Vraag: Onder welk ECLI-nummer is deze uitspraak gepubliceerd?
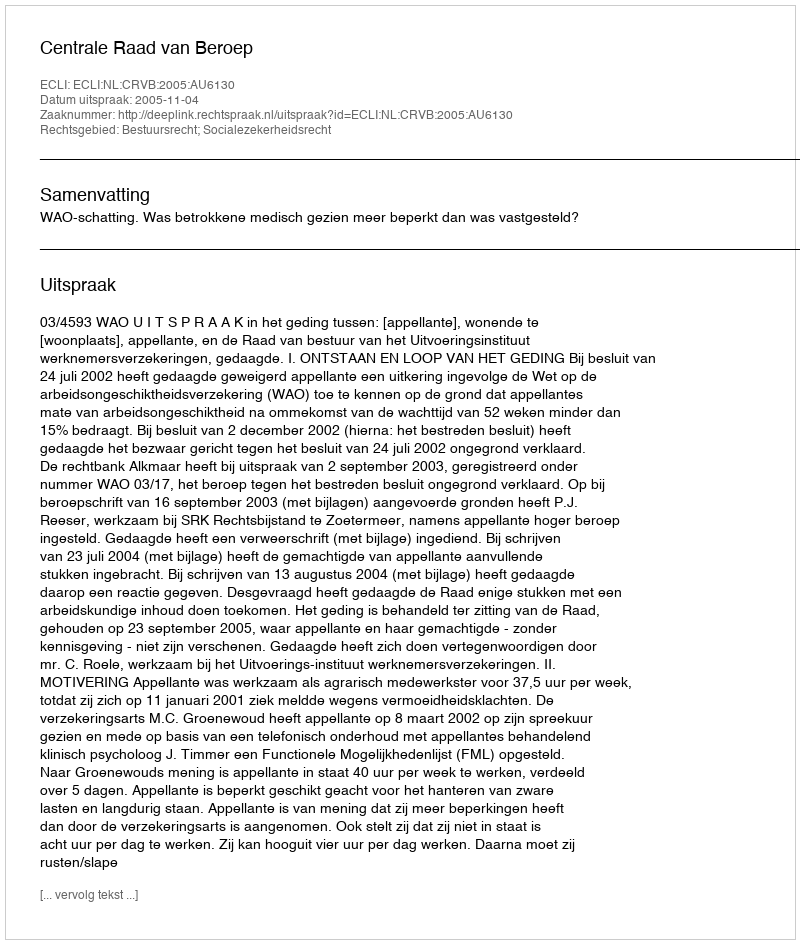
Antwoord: ECLI:NL:CRVB:2005:AU6130